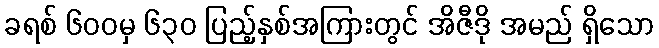
ခရစ် ၆၀၀မှ ၆၃၀ ပြည့်နှစ်အကြားတွင် အိဇီဒို အမည် ရှိသော